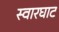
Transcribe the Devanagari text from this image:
स्‍वारघाट